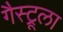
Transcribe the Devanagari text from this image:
गैस्ट्रूला